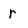
Character: r